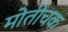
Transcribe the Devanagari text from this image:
मोतीचक